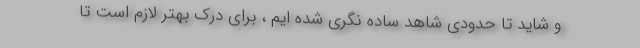
و شاید تا حدودی شاهد ساده نگری شده ایم ، برای درک بهتر لازم است تا